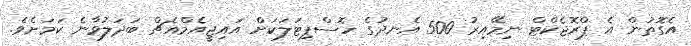
އެގޮތުން އެ ޕްރޮޖެކްޓް ނިމޭއިރު 500 އެނދުގެ ހޮސްޕިޓަލަކަށް އައިޖީއެމްއެޗް ބަދަލުވާނެ ކަމަށެވެ.